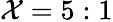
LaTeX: \mathcal{X}=5:1